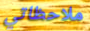
ملاحظاتي